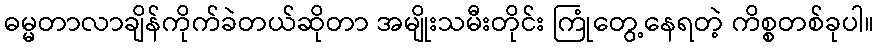
ဓမ္မတာလာချိန်ကိုက်ခဲတယ်ဆိုတာ အမျိုးသမီးတိုင်း ကြုံတွေ့နေရတဲ့ ကိစ္စတစ်ခုပါ။